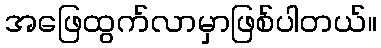
အဖြေထွက်လာမှာဖြစ်ပါတယ်။